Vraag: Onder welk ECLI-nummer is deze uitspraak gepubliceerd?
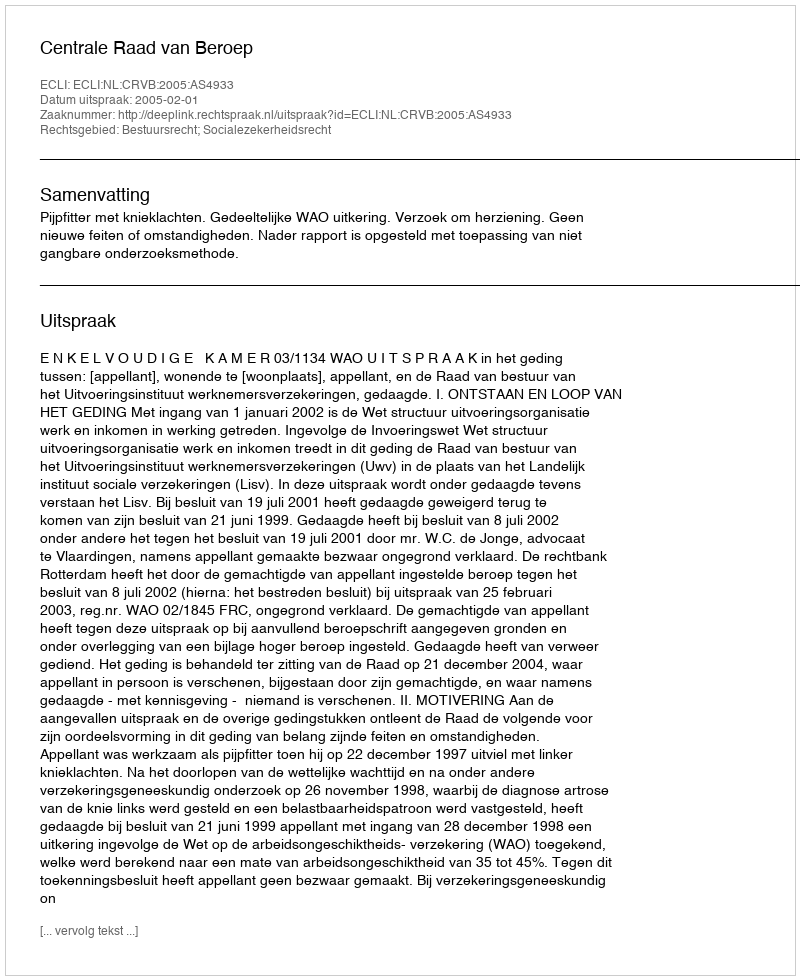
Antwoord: ECLI:NL:CRVB:2005:AS4933